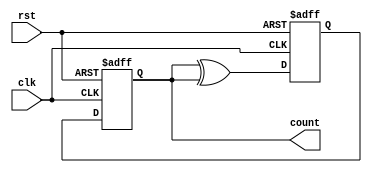
module gray_counter (
    input wire clk,
    input wire rst,
    output reg [3:0] count
);

reg [3:0] next_count;

always @(posedge clk or posedge rst) begin
    if (rst) begin
        count <= 4'b0000;
        next_count <= 4'b0001;
    end else begin
        count <= next_count;
        next_count <= count ^ ({count[3], count[2], count[1], count[0]});
    end
end

endmodule